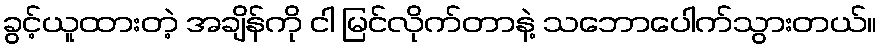
ခွင့်ယူထားတဲ့ အချိန်ကို ငါ မြင်လိုက်တာနဲ့ သဘောပေါက်သွားတယ်။